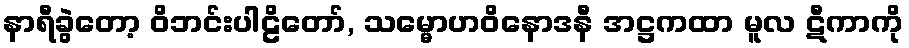
နာရီခွဲတော့ ဝိဘင်းပါဠိတော်, သမ္မောဟဝိနောဒနီ အဋ္ဌကထာ မူလ ဋီကာကို